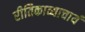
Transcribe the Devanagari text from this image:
रीतिकाव्याचार्य